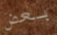
بعض